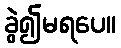
ခွဲ၍မရပေ။